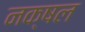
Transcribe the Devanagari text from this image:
नक्षल